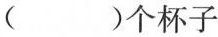
（ ）个杯子